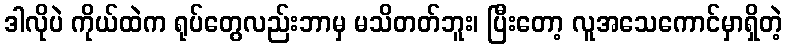
ဒါလိုပဲ ကိုယ်ထဲက ရုပ်တွေလည်းဘာမှ မသိတတ်ဘူး၊ ပြီးတော့ လူအသေကောင်မှာရှိတဲ့